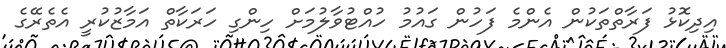
އިދިކޮޅު ފަރާތްތަކުން އެންމެ ފަހުން ގައުމު ހުއްޓުވާލުމަށް ހިންގި ހަރަކާތް އަމާޒުކުރީ އެތެރޭގެ